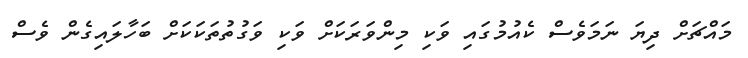
މައްޗަށް ދިޔަ ނަމަވެސް ކެއުމުގައި ވަކި މިންވަރަކަށް ވަކި ވަގުތުތަކަކަށް ބަހާލައިގެން ވެސް